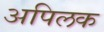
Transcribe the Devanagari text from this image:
अपिलक